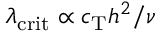
\lambda _ { \mathrm { c r i t } } \propto c _ { \mathrm { T } } h ^ { 2 } / \nu